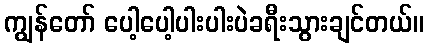
ကျွန်တော် ပေါ့ပေါ့ပါးပါးပဲခရီးသွားချင်တယ်။